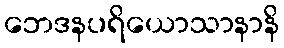
ဘေဒနပရိယောသာနာနိ